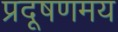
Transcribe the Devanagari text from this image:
प्रदूषणमय